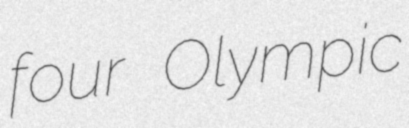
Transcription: four Olympic